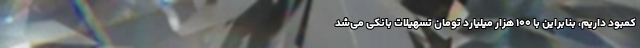
کمبود داریم، بنابراین با ۱۰۰ هزار میلیارد تومان تسهیلات بانکی می‌شد